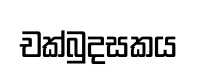
චක්බුදසකය